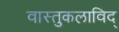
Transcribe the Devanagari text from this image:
वास्तुकलाविद्